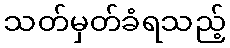
သတ်မှတ်ခံရသည့်